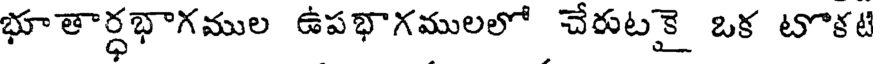
భూతార్ధభాగముల ఉపభాగములలో చేరుటకై ఒక టొకటి